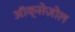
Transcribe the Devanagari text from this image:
ऑक्सेज़ोल